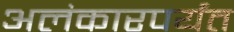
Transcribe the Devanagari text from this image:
अलंकारपर्यंत